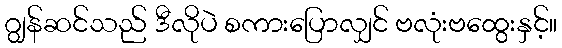
ဂျွန်ဆင်သည် ဒီလိုပဲ စကားပြောလျှင် ဗလုံးဗထွေးနှင့်။